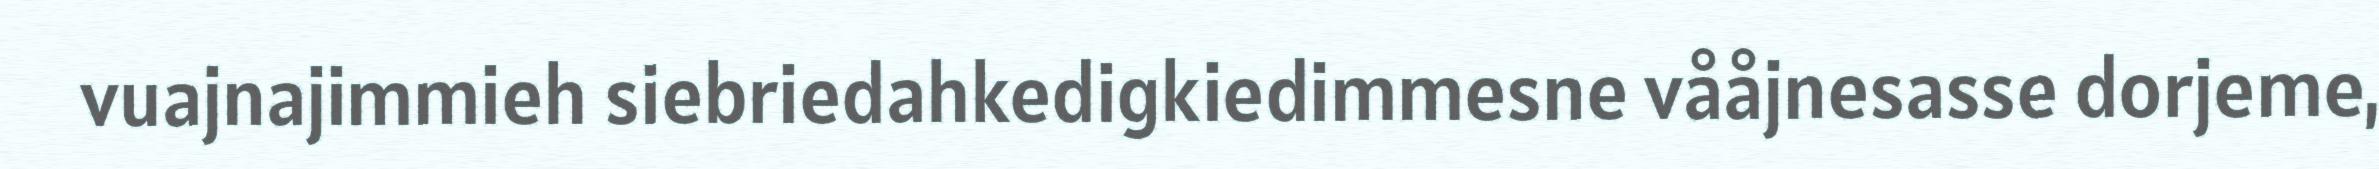
vuajnajimmieh siebriedahkedigkiedimmesne vååjnesasse dorjeme,